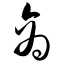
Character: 商